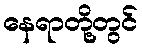
နေရာတို့တွင်